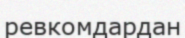
ревкомдардан